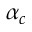
\alpha _ { c }